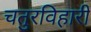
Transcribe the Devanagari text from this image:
चतुरविहारी